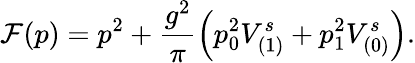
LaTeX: \mathcal{F}(p)=p^{2}+\frac{{g^{2}}}{{\pi}}\left(p_{0}^{2}V_{(1)}^{s}+p_{1}^{2}V_{(0)}^{s}\right).